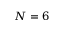
N = 6